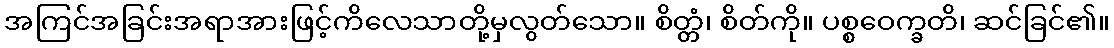
အကြင်အခြင်းအရာအားဖြင့်ကိလေသာတို့မှလွတ်သော။ စိတ္တံ၊ စိတ်ကို။ ပစ္စဝေက္ခတိ၊ ဆင်ခြင်၏။